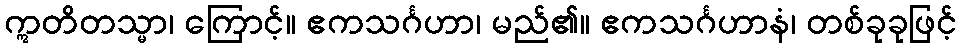
ဣတိတသ္မာ၊ ကြောင့်။ ဧကသင်္ဂဟာ၊ မည်၏။ ဧကသင်္ဂဟာနံ၊ တစ်ခုခုဖြင့်